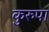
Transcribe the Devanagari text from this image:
कुरुपा